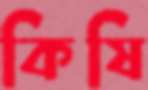
কিষি